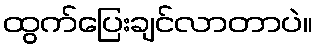
ထွက်ပြေးချင်လာတာပဲ။